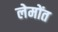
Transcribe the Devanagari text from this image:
लेमोंत